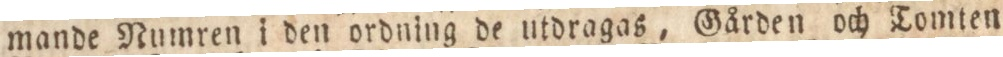
mande Numren i den ordning de utdragas, Gården och Tomten